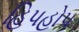
હિપહોપ